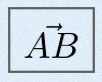
\vec{AB}